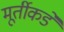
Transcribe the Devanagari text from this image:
मूर्तीकडे